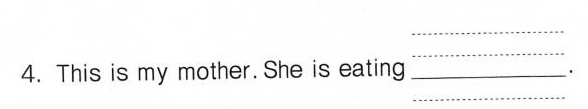
4.This is my mother. She is eating ___ .